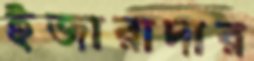
ইজারাদার